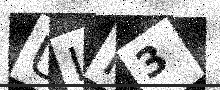
Text: UIH3